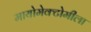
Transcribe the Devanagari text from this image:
मायोमेक्टोमीला